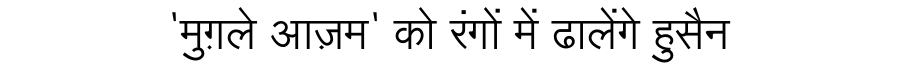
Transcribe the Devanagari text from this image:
'मुग़ले आज़म' को रंगों में ढालेंगे हुसैन